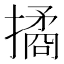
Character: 𢵮